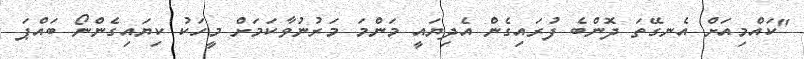
"ކައްމިއަށް އެނގޭތަ ދޮންބެ ފުރައިގެން އެދިޔައީ މަންމަ މަރުނުވާކަމަށް މީހަކު ކިޔައިގެންނޯ ބައްޕަ